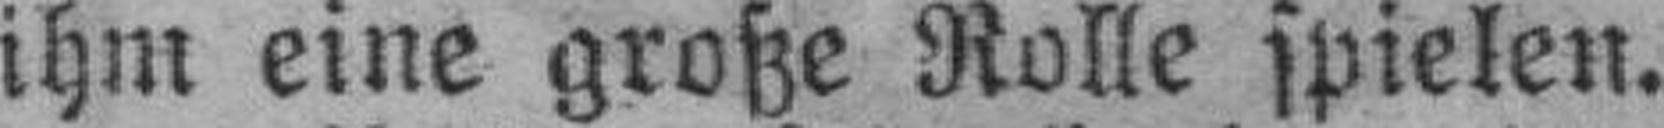
ihm eine große Rolle spielen.